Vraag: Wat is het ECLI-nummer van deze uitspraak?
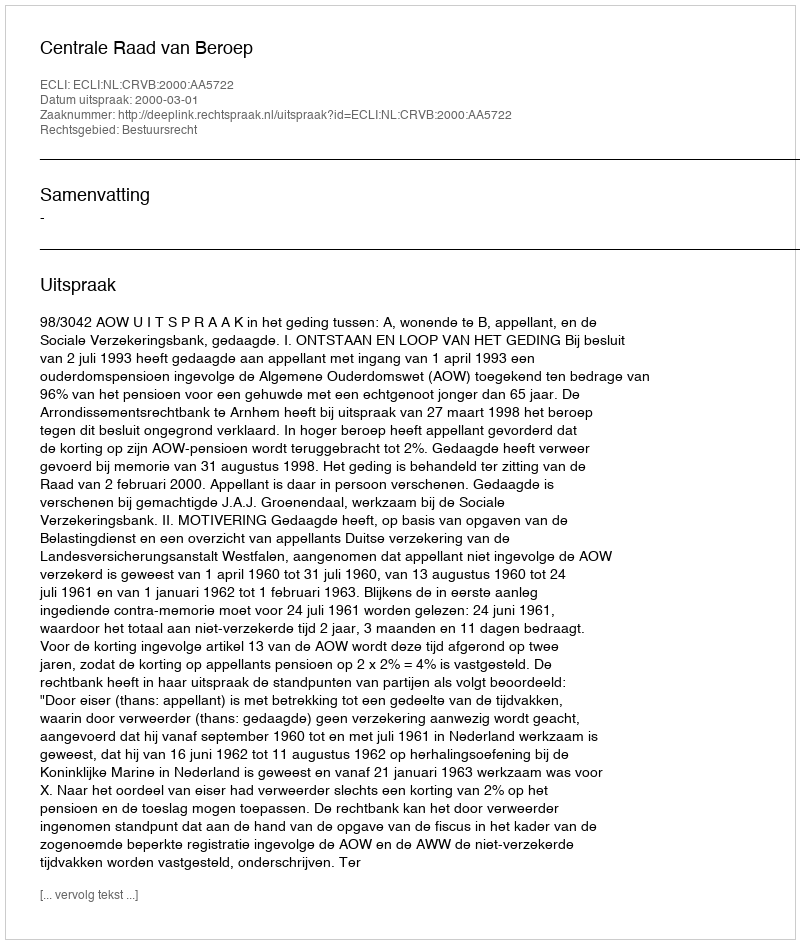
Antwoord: ECLI:NL:CRVB:2000:AA5722